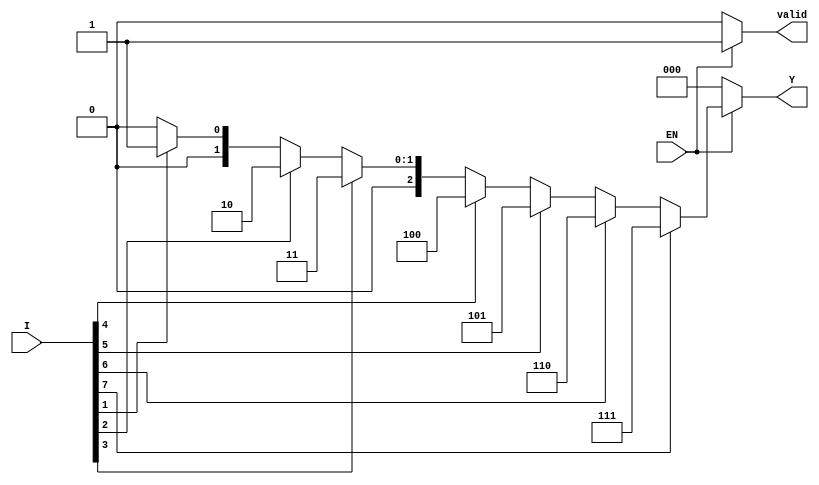
module encoder_8to3 (
    input wire [7:0] I,  // 8 input lines
    input wire EN,       // Enable signal
    output reg [2:0] Y,  // 3 output lines
    output reg valid      // Valid signal to indicate output is valid
);

always @(*) begin
    if (!EN) begin
        Y = 3'b000;  // Default output when EN is low
        valid = 1'b0; // Output is not valid
    end else begin
        valid = 1'b1; // Output is valid
        case (1'b1) // Check for the highest priority input
            I[7]: Y = 3'b111; // I7 active
            I[6]: Y = 3'b110; // I6 active
            I[5]: Y = 3'b101; // I5 active
            I[4]: Y = 3'b100; // I4 active
            I[3]: Y = 3'b011; // I3 active
            I[2]: Y = 3'b010; // I2 active
            I[1]: Y = 3'b001; // I1 active
            I[0]: Y = 3'b000; // I0 active
            default: Y = 3'b000; // No inputs active
        endcase
    end
end

endmodule